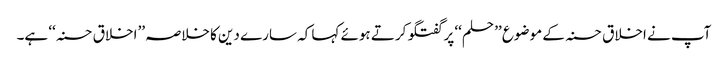
آپ نے اخلاق حسنہ کے موضوع ’’حلم‘‘ پر گفتگو کرتے ہوئے کہا کہ سارے دین کا خلاصہ ’’اخلاق حسنہ‘‘ ہے۔